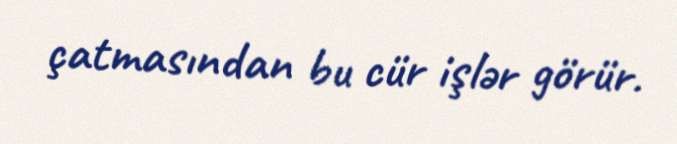
çatmasından bu cür işlər görür.